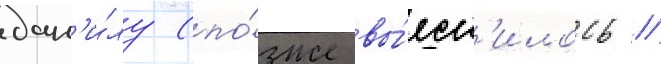
дан'и́лу (по́зже вы́ясн'илось /